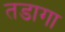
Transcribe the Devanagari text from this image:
तडागा